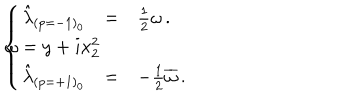
LaTeX: \left\{ \begin{array} { r c l } { { \hat { \lambda } _ { ( p = - 1 ) _ { 0 } } } } & { { = } } & { { { \textstyle \frac { 1 } { 2 } } \omega \, . } } \\ { { } } & { { } } & { { } } \\ { { \hat { \lambda } _ { ( p = + 1 ) _ { 0 } } } } & { { = } } & { { - { \textstyle \frac { 1 } { 2 } } \overline { { { \omega } } } \, . } } \\ \end{array} \right. \hspace { 1 c m } \omega = y + i x _ { 2 } ^ { 2 }